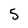
Character: 5